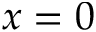
x = 0